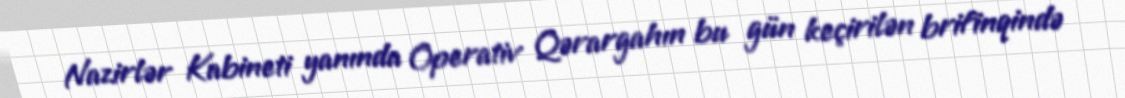
Nazirlər Kabineti yanında Operativ Qərargahın bu gün keçirilən brifinqində